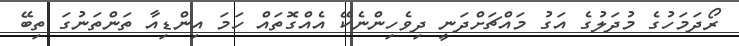
ރޯދަމަހުގެ މުދަލުގެ އަގު މައްޗަށްދަނީ ދިވެހިންނެކޭ އެއްގޮތައް ހަމަ އިންޑިއާ ތަންތަނުގަ ތިބޭ